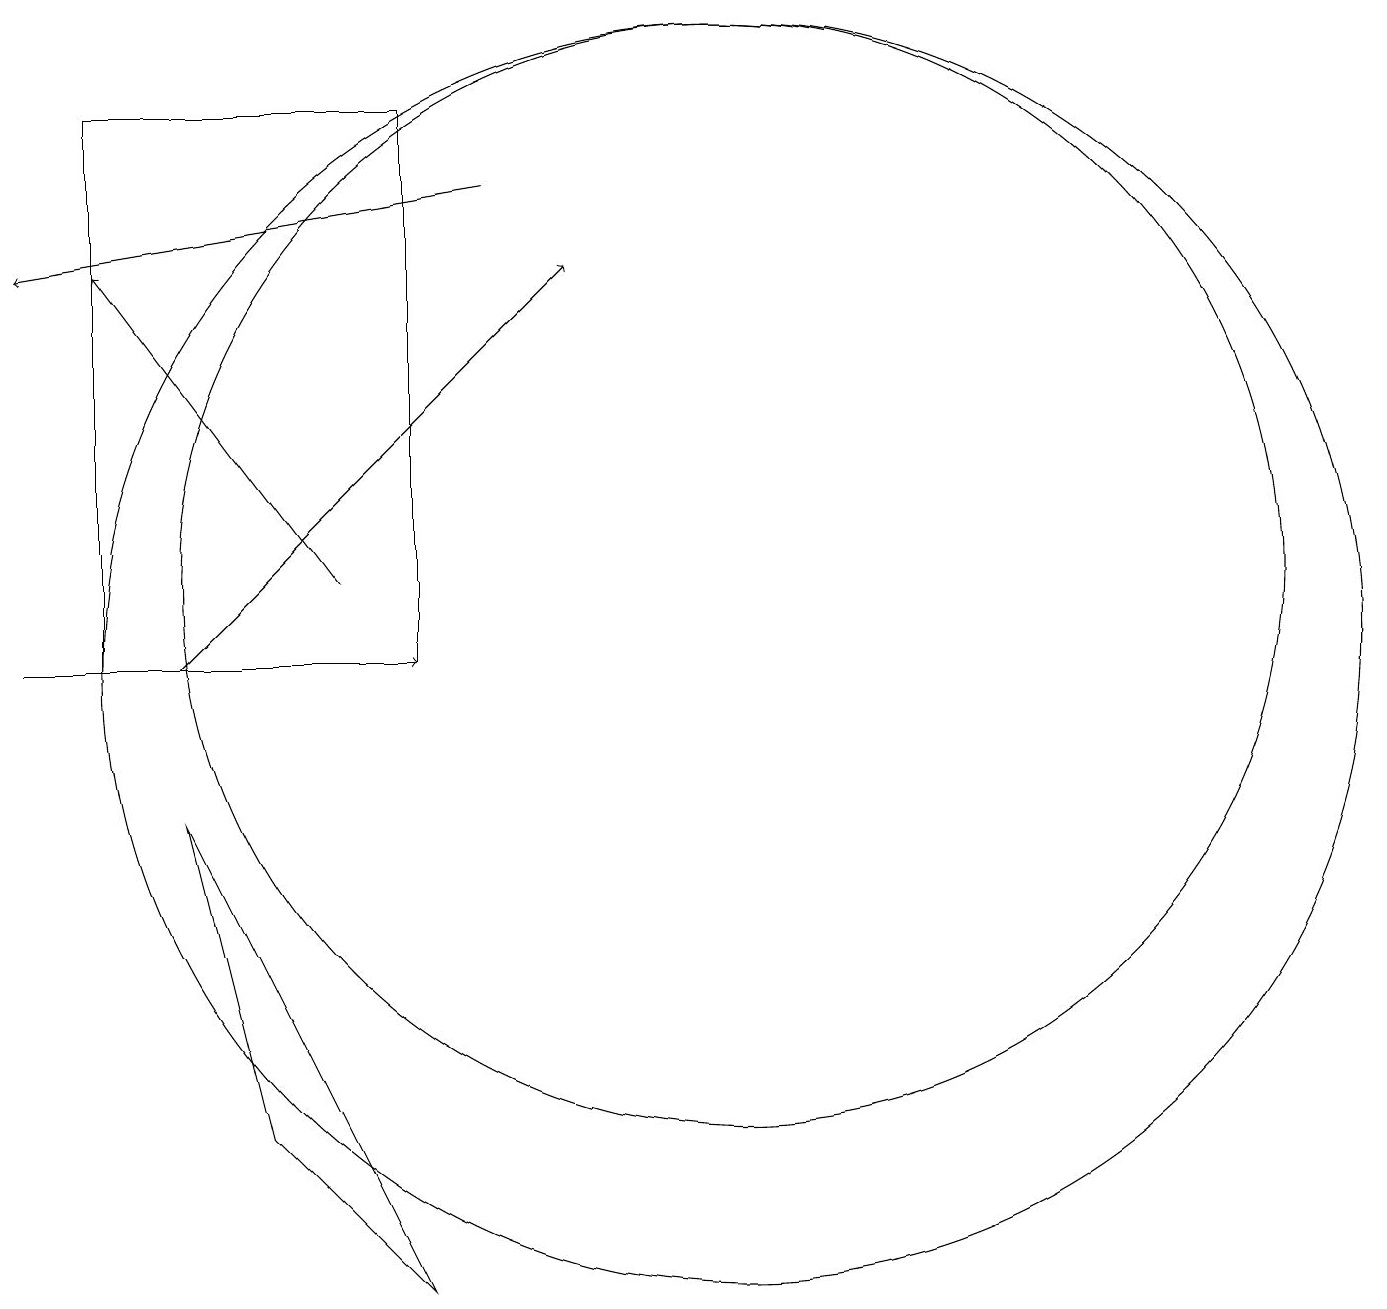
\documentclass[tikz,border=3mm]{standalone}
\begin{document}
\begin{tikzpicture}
\draw (10,11) circle (7);
\draw[->] (3,10) -- (8,15);
\draw[->] (5,11) -- (2,15);
\draw (2,17) rectangle (6,10);
\draw (10,10) circle (8);
\draw (6,2) -- (4,4) -- (3,8) -- cycle;
\draw[->] (7,16) -- (1,15);
\draw[->] (1,10) -- (6,10);
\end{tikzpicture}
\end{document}